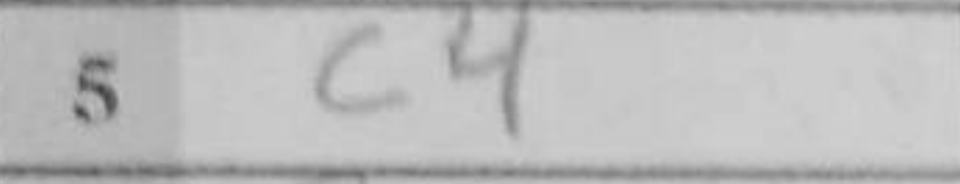
Transcription: c4